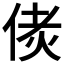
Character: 𠉻